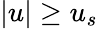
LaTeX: |u|\ge u_{s}